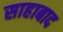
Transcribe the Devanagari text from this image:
साहाबाद